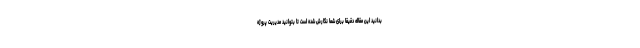
بدانید این مقاله دقیقاً برای شما نگارش شده است تا بتوانید مدیریت پروژه